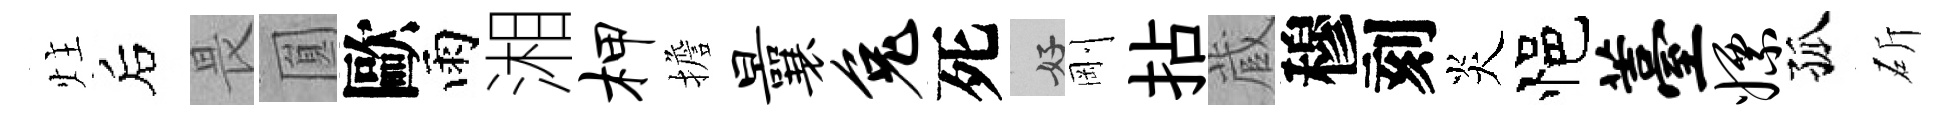
炷后畏圎歐雨湘柙擔曩兔死好剛拈蔵穆刻炎悒薹嫖孤斫